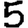
Digit: 5